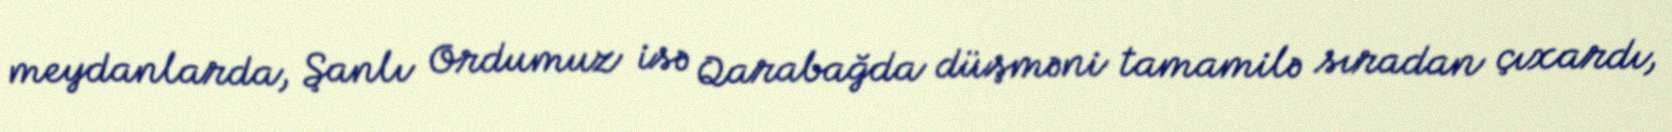
meydanlarda, Şanlı Ordumuz isə Qarabağda düşməni tamamilə sıradan çıxardı,